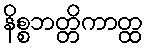
နိစ္စဘတ္တိကာတ္ထ